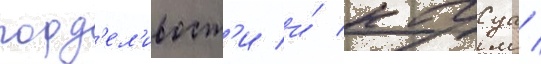
горд'ел'ивост'и и́ кагуа /